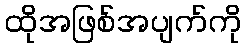
ထိုအဖြစ်အပျက်ကို